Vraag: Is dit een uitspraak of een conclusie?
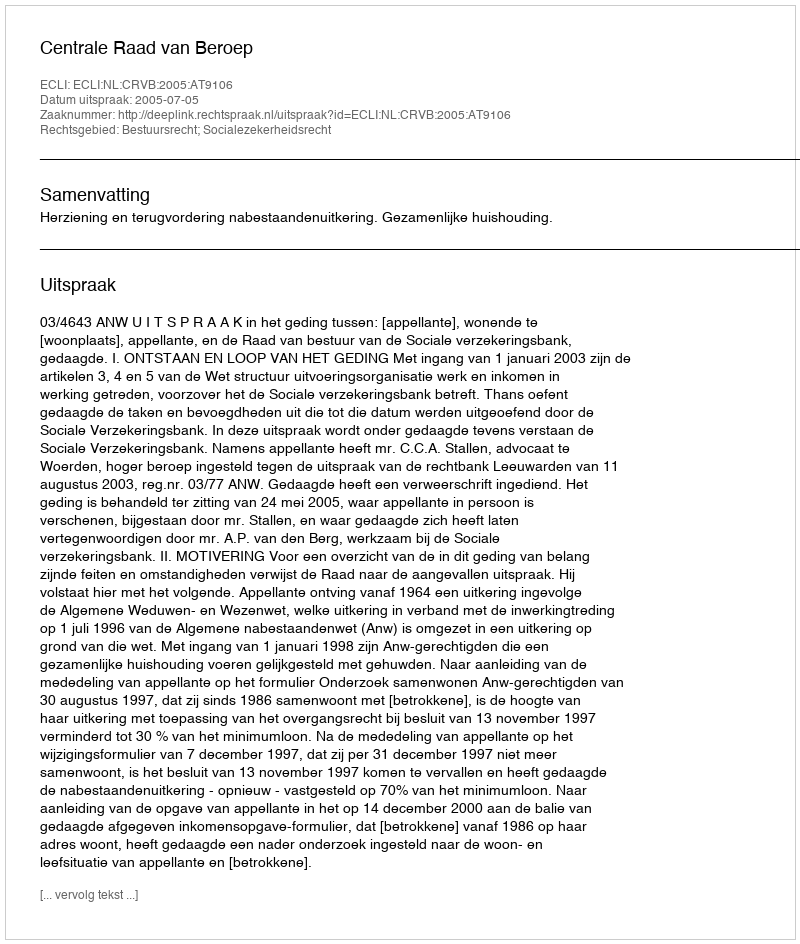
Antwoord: Uitspraak